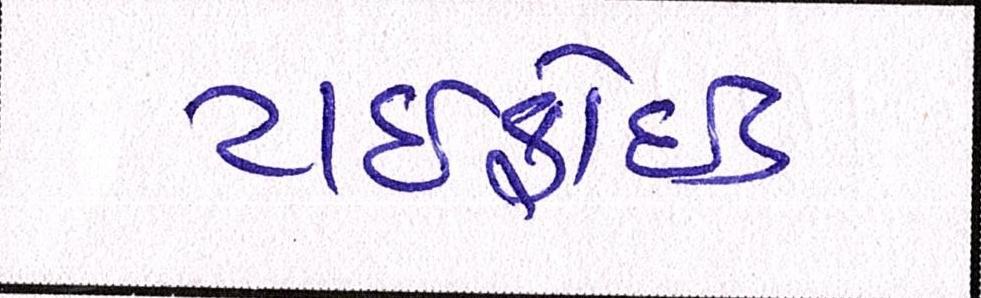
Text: ટાઇફોઇડ